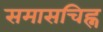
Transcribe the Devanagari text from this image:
समासचिह्न